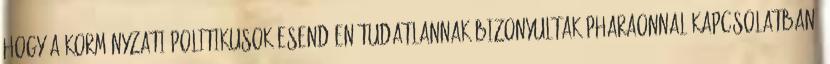
hogy a kormányzati politikusok esendően tudatlannak bizonyultak Pharaonnal kapcsolatban.